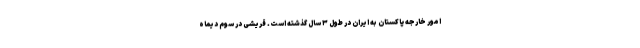
امور خارجه پاکستان به ایران در طول ۳ سال گذشته است. قریشی در سوم دیماه